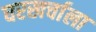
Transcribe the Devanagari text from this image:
घरखर्चाला